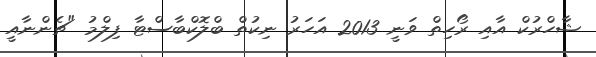
ޝާހްރުކް އާއި ރޯހިތް ވަނީ 2013 އަހަރު ނިކުތް ބްލޮކްބާސްޓާ ފިލްމު "ޗެންނާއީ